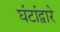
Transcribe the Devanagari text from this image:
घंटांद्वारे